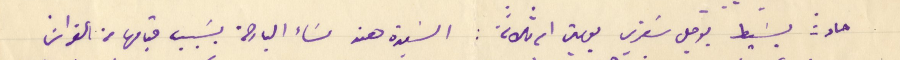
حادث بسَيط يوجل سَفري يومين ام ثلاثة: السَيدة هند مسَاء البارحة بسَبب قيامها من الفراش